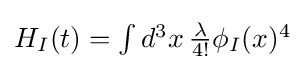
{\textstyle H_{I}(t)=\int d^{3}x\,{\frac {\lambda }{4!}}\phi _{I}(x)^{4}}